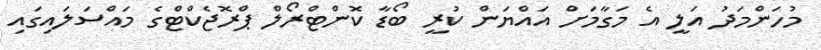
މުހަންމަދު އަލީ އެ މަގާމަށް އައްޔަން ކުރީ ބޯޑާ ކޮންޓްރޯލް ޕްރޮޖެކްޓްގެ މައްސަލައިގައި